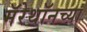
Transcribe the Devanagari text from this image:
मॅरेथॉनच्या